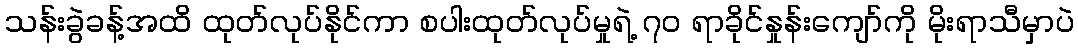
သန်းခွဲခန့်အထိ ထုတ်လုပ်နိုင်ကာ စပါးထုတ်လုပ်မှုရဲ့ ၇၀ ရာခိုင်နှုန်းကျော်ကို မိုးရာသီမှာပဲ